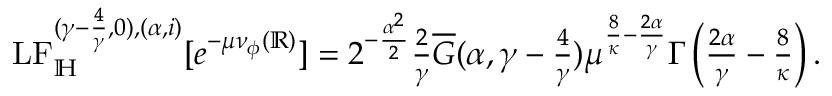
\begin{array} { r } { \mathrm { L F } _ { \mathbb H } ^ { ( \gamma - \frac { 4 } { \gamma } , 0 ) , ( \alpha , i ) } [ e ^ { - \mu \nu _ { \phi } ( \mathbb R ) } ] = 2 ^ { - \frac { \alpha ^ { 2 } } { 2 } } \frac { 2 } { \gamma } \overline { G } ( \alpha , \gamma - \frac { 4 } { \gamma } ) \mu ^ { \frac { 8 } { \kappa } - \frac { 2 \alpha } { \gamma } } \Gamma \left( \frac { 2 \alpha } { \gamma } - \frac { 8 } { \kappa } \right) . } \end{array}